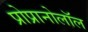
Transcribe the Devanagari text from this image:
प्रोप्रानोलॉल